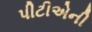
પીટીએની